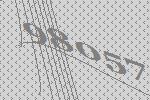
98057